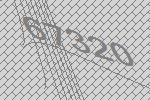
67320